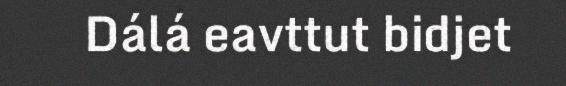
Dálá eavttut bidjet